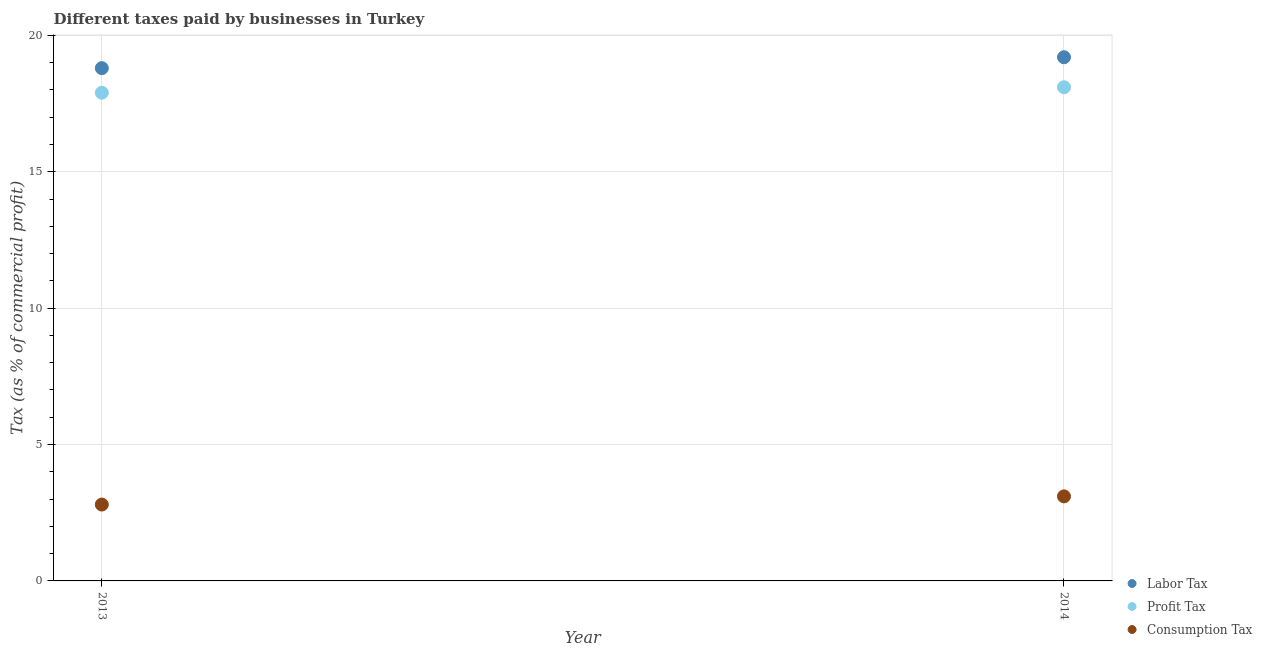
| Year | Labor Tax | Profit Tax | Consumption Tax |
 | --- | --- | --- | --- |
 | 2013 | 18.8 | 17.9 | 2.8 |
 | 2014 | 19.2 | 18.1 | 3.1 |